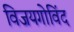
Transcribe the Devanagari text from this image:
विजयगोविंद